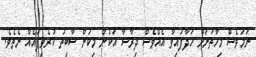
ނަމަވެސް މިހާތަނަށް ހަދާފައިވާ އެއްވެސް ދިރާސާ އަކުން މިކަން ސާބިތު ކުރެވިފައެއް ނެތެވެ.